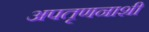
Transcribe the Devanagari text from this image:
अपतृणनाशी